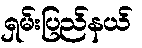
ရှမ်းပြည်နယ်